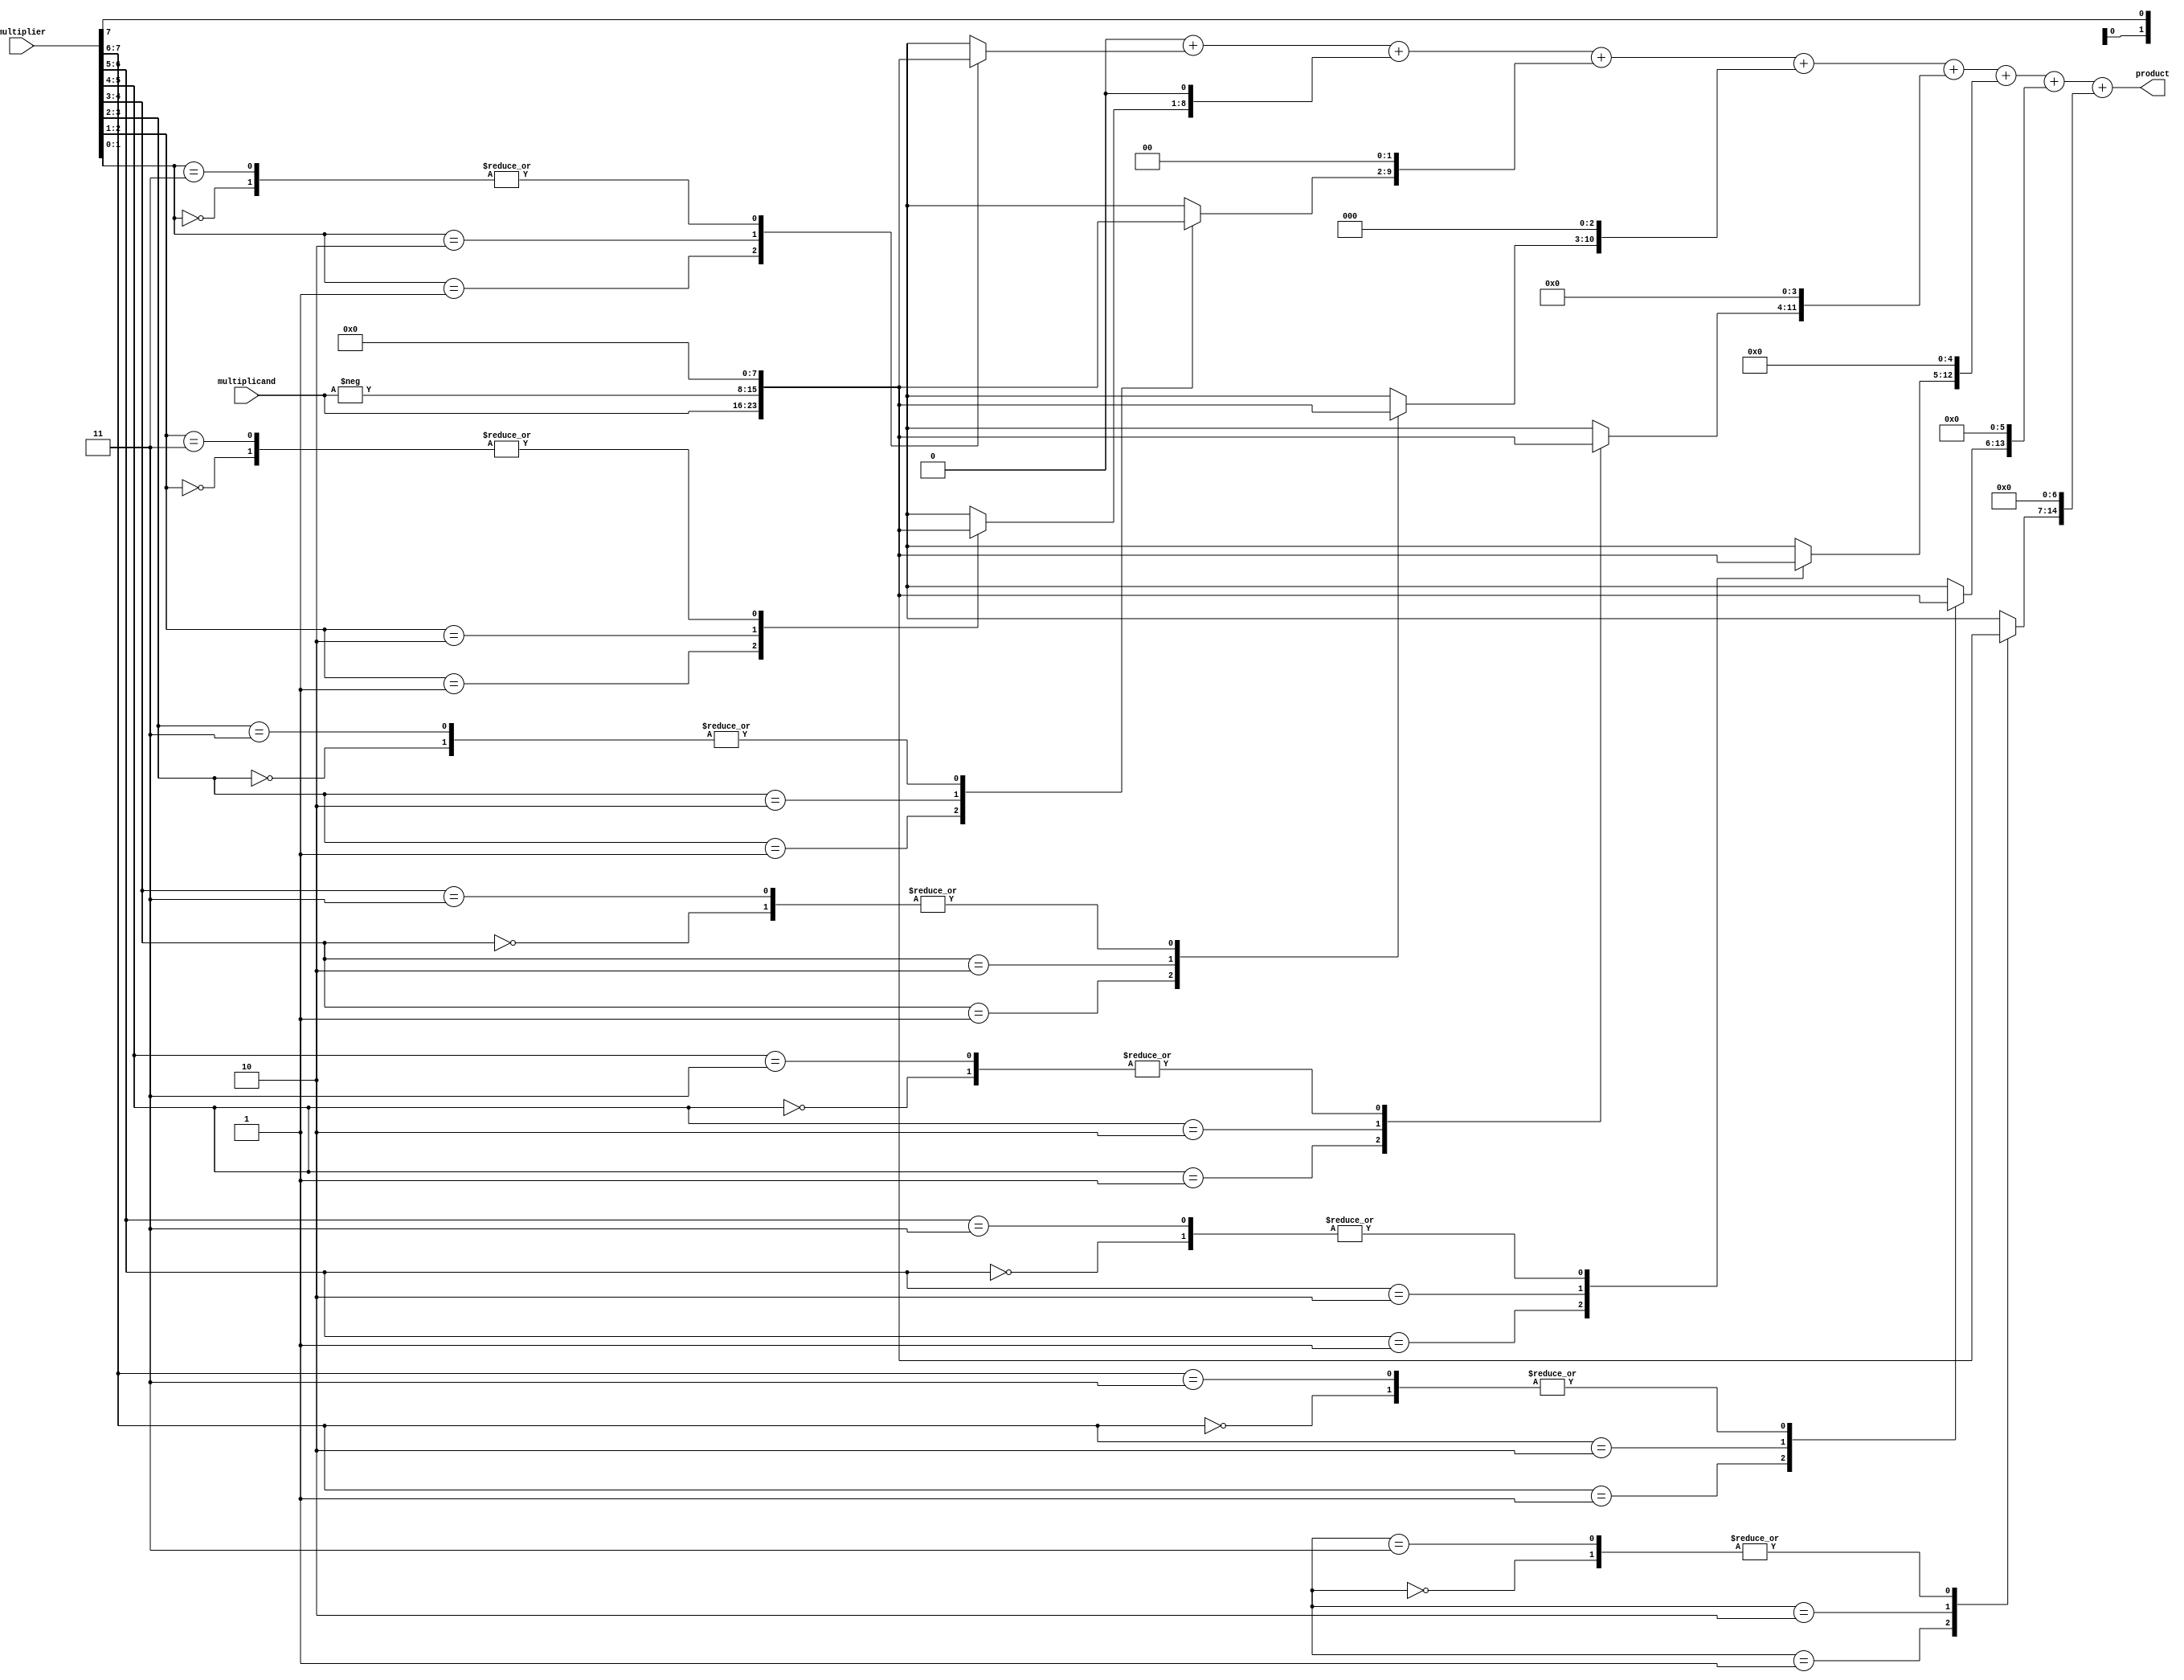
module booth_multiplier #(parameter A_WIDTH = 8, parameter B_WIDTH = 8) (
    input signed [A_WIDTH-1:0] multiplicand,
    input signed [B_WIDTH-1:0] multiplier,
    output reg signed [A_WIDTH+B_WIDTH-1:0] product
);

    reg signed [A_WIDTH-1:0] partial_products [0:B_WIDTH-1];
    reg [B_WIDTH-1:0] multiplier_ext;
    integer i;
    
    // Booth's Encoding
    always @(*) begin
        // Extend the multiplier for proper encoding
        multiplier_ext = {1'b0, multiplier}; // add an extra 0 bit for the encoding
        // Generate partial products based on Booth's algorithm
        for (i = 0; i < B_WIDTH; i = i + 1) begin
            case (multiplier_ext[i+1:i])
                2'b00: partial_products[i] = 0;
                2'b01: partial_products[i] = multiplicand;
                2'b10: partial_products[i] = -multiplicand;
                2'b11: partial_products[i] = 0;
                default: partial_products[i] = 0; // Safety
            endcase
        end
    end

    // Wallace Tree Reduction
    always @(*) begin
        // Initialize product to zero
        product = 0;
        
        // Perform Wallace tree reduction
        // Using a simple addition of partial products
        for (i = 0; i < B_WIDTH; i = i + 1) begin
            product = product + (partial_products[i] << i); // Shift and add partial products
        end
    end

endmodule